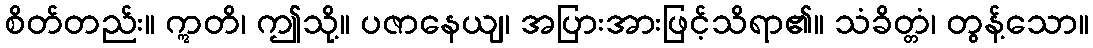
စိတ်တည်း။ ဣတိ၊ ဤသို့။ ပဇာနေယျ၊ အပြားအားဖြင့်သိရာ၏။ သံခိတ္တံ၊ တွန့်သော။